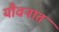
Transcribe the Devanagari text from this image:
यौवनात